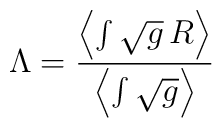
\Lambda = \frac{\left< \int \sqrt{g} \, R \right>}  {\left< \int \sqrt{g} \right>}